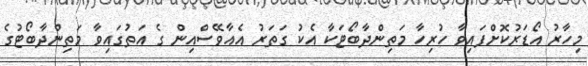
މިހާރު އޯޑަރުކޮށްފައިވާ ހުރިހާ މަތިންދާބޯޓަކާ އެކު ގަތަރު އެއާވޭސްއިން ގެ އަތުގައިވާ މަތިންދާބޯޓުގެ